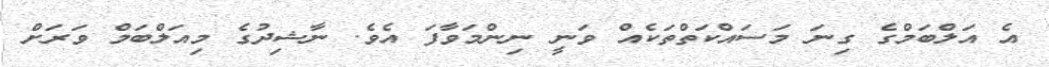
އެ އަލްބަމްގެ ގިނަ މަސައްކަތްތަކެއް ވަނީ ނިންމަވާފަ އެވެ. ނާޝިދުގެ މިއަލްބަމް ވަރަށް